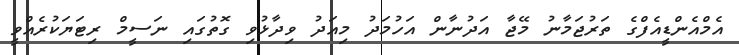
އެމްއެންޑީއެފްގެ ތަރުޖަމާނު މޭޖާ އަދުނާން އަހުމަދު މިއަދު ވިދާޅުވި ގޮތުގައި ނަސީމް ރިޓަޔަކުރެއްވީ